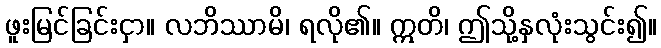
ဖူးမြင်ခြင်းငှာ။ လဘိဿာမိ၊ ရလို၏။ ဣတိ၊ ဤသို့နှလုံးသွင်း၍။